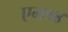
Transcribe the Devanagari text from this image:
एम१४